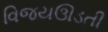
વિજયઊડતી